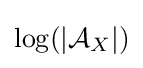
\log(|{\mathcal {A}}_{X}|)